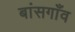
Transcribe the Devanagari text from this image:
बांसगाँव